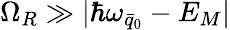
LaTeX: \Omega_{R}\gg|\hbar\omega_{\bar{q}_{0}}-E_{M}|